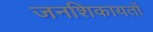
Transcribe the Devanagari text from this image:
जनशिकायतों